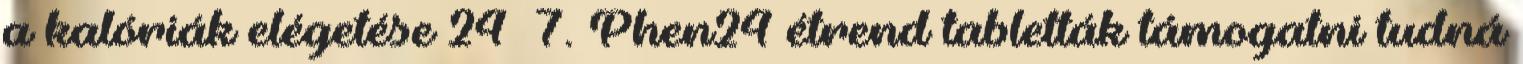
a kalóriák elégetése 24 7. Phen24 étrend tabletták támogatni tudná